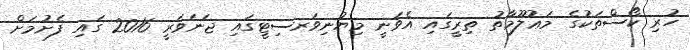
ހުރި ކޯސްތަކުގެ މަޢުލޫމާތު ތިރީގައި އެވަނީ މިޔުނިވަރސިޓީގައި ޖަނަވަރީ 2016 ގައި ފެށުމަށް